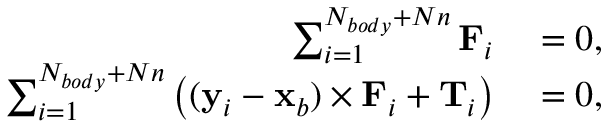
\begin{array} { r l } { \sum _ { i = 1 } ^ { N _ { b o d y } + N n } \mathbf { F } _ { i } } & { { } = 0 , } \\ { \sum _ { i = 1 } ^ { N _ { b o d y } + N n } \left( ( \mathbf { y } _ { i } - \mathbf { x } _ { b } ) \times \mathbf { F } _ { i } + \mathbf { T } _ { i } \right) } & { { } = 0 , } \end{array}